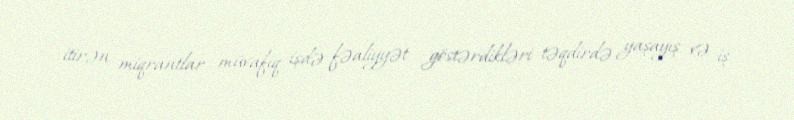
itirən miqrantlar müvafiq işdə fəaliyyət göstərdikləri təqdirdə yaşayış və iş